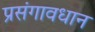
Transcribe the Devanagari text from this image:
प्रसंगावधान